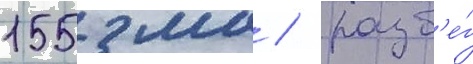
155 мм / разб'е́г